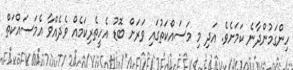
ހިންގަމުންދާނެ ކަމަށެވެ. އަދި މި މަސައްކަތުގައި ވަރަށް ބޮޑު އެހީތެރިކަމެއް ވެދެއްވާ އެމަސައްކަތް